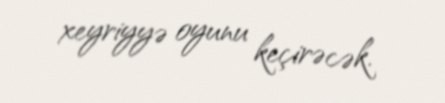
xeyriyyə oyunu keçirəcək.